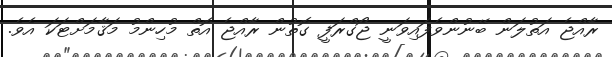
ރާއްޖެ އަތުލަން ބޭނުންވެފައިވަނީ ޖޯގްރަފީ ގޮތުން ރާއްޖެ އޮތް މުހިންމު މަޤާމަށްޓަކަ އެވެ.